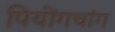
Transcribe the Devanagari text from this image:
पियोंगचांग